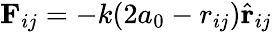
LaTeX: \textbf{F}_{ij}=-k(2a_{0}-r_{ij})\hat{\textbf{r}}_{ij}